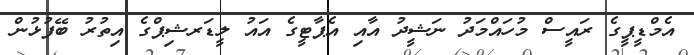
އެމްޑީޕީގެ ރައީސް މުހައްމަދު ނަޝީދު އާއި އެޕާޓީގެ އައު ލީޑަރޝިޕްގެ އިތުރު ބޭފުޅުން